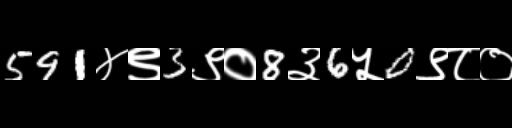
Text: 591४९3९०8३6५0९८०